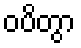
ဝပိတွာ